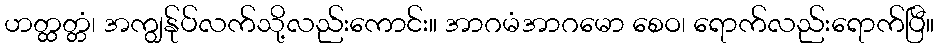
ဟတ္ထတ္တံ၊ အကျွန်ုပ်လက်သို့လည်းကောင်း။ အာဂမံအာဂမော စေဝ၊ ရောက်လည်းရောက်ပြီ။